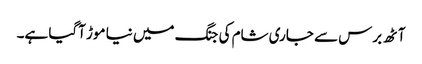
آٹھ برس سے جاری شام کی جنگ میں نیا موڑ آگیا ہے۔